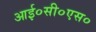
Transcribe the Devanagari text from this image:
आई०सी०एस०